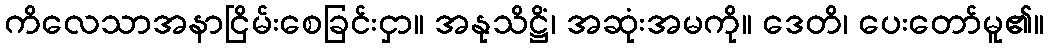
ကိလေသာအနာငြိမ်းစေခြင်းငှာ။ အနုသိဋ္ဌိံ၊ အဆုံးအမကို။ ဒေတိ၊ ပေးတော်မူ၏။